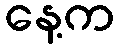
နေ့က